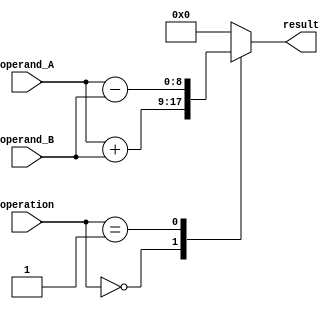
module ArithmeticBlock(
    input [7:0] operand_A,
    input [7:0] operand_B,
    input [1:0] operation,
    output [8:0] result
);

    always @(*)
    begin
        case(operation)
            2'b00: result <= operand_A + operand_B; // Addition
            2'b01: result <= operand_A - operand_B; // Subtraction
            default: result <= 9'b0; // Default case
        endcase
    end

endmodule